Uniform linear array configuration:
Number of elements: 32
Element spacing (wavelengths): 0.25
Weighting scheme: hann
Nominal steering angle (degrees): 45
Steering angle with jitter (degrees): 46.857
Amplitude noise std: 0.05
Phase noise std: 0.05

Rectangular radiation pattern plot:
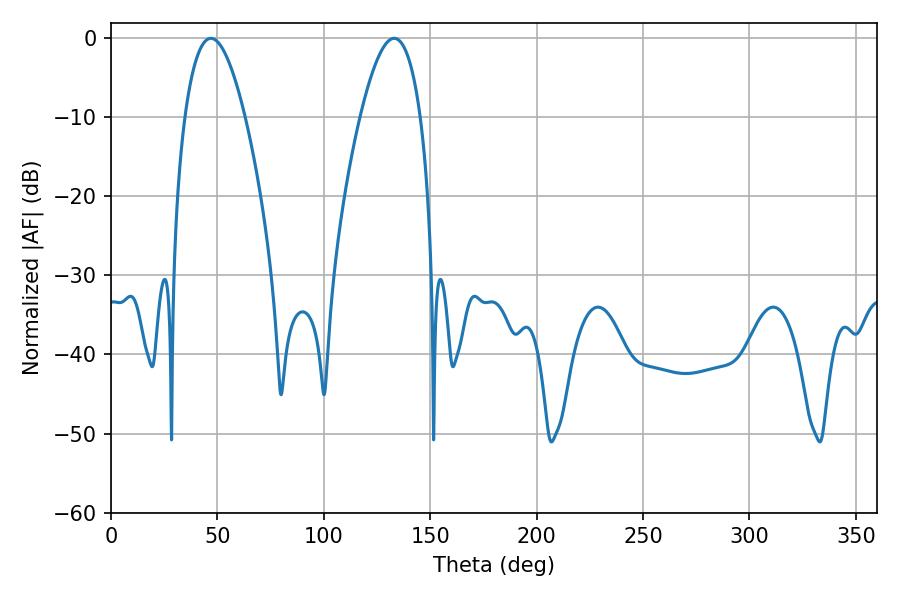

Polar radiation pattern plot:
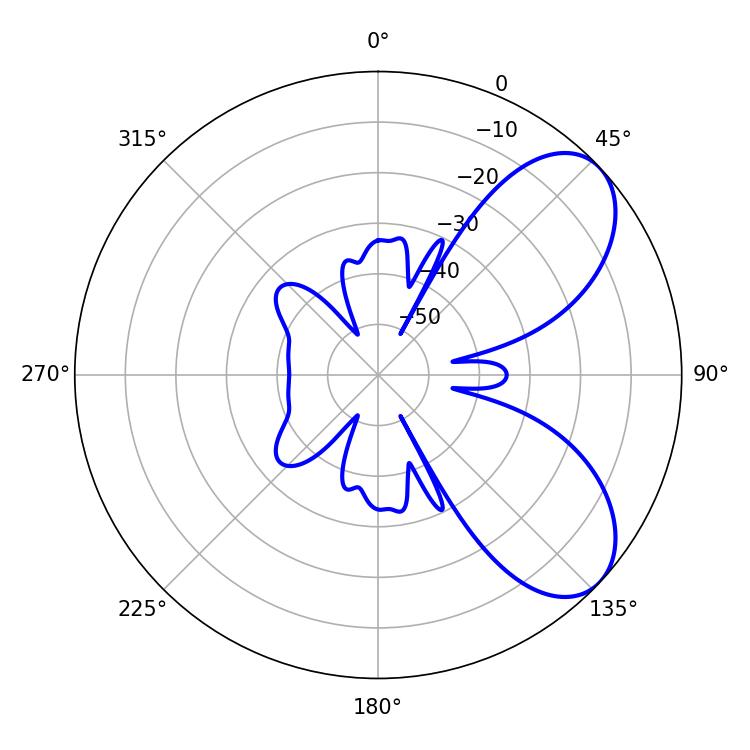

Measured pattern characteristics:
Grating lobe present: FALSE
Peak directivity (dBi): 6.678
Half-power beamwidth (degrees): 15.48
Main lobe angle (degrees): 46.98